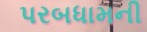
પરબધામની